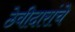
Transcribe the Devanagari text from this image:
ठेवीदारांचे